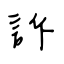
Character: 訴